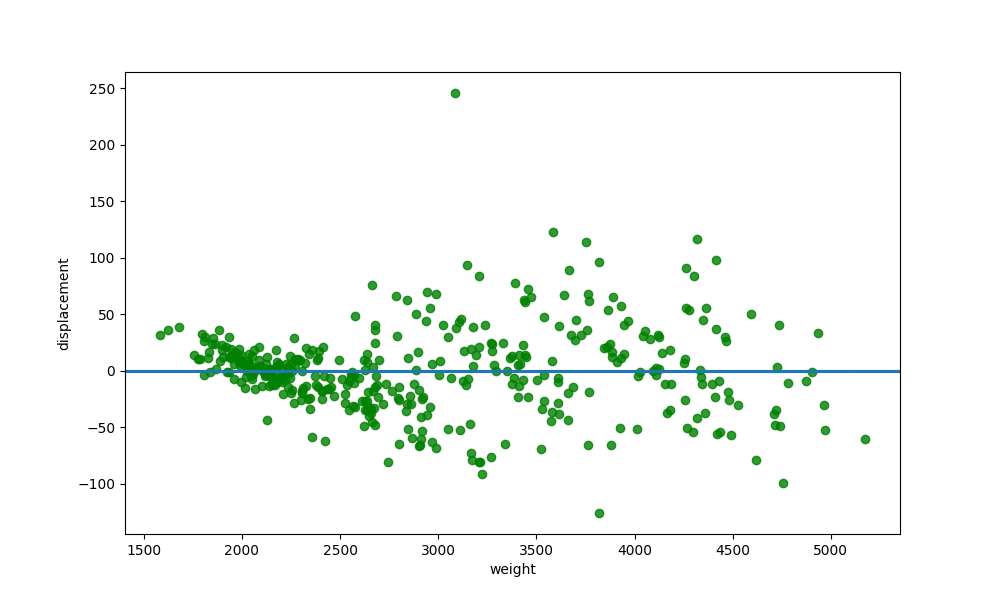
python, seaborn, residplot, lowess=True, scatter_color=green